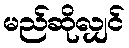
မည်ဆိုလျှင်